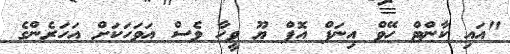
"އައި ކާންޓް ހޭވް އިނަފް އޮފް ޔޫ ވީހާ ވެސް އަވަހަކަށް އަހަރެންގެ